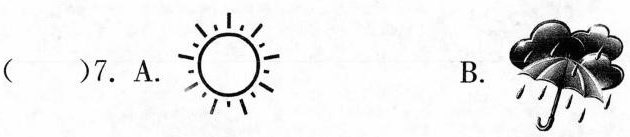
( )7.A. B.